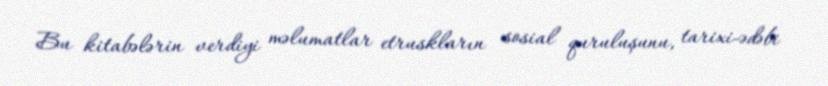
Bu kitabələrin verdiyi məlumatlar etruskların sosial quruluşunu, tarixi-ədəbi